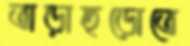
তাড়াহুড়োতে